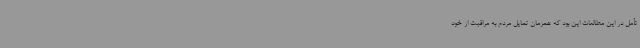
تأمل در این مطالعات این بود که همزمان تمایل مردم به مراقبت از خود